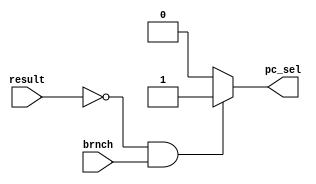
`timescale 1ns / 1ps
//////////////////////////////////////////////////////////////////////////////////
// Company: 
// Engineer: 
// 
// Design Name: 
// Module Name:    taken 
// Project Name: 
// Target Devices: 
// Tool versions: 
// Description: 
//
// Dependencies: 
//
// Revision: 
// Revision 0.01 - File Created
// Additional Comments: 
//
//////////////////////////////////////////////////////////////////////////////////
// Generated by MyHDL 0.11


`timescale 1ns/10ps



module taken (
    result,
    brnch,
    pc_sel
);


input [31:0] result;
input [0:0] brnch;
output [0:0] pc_sel;
reg [0:0] pc_sel1;




always @(brnch, result) begin: TAKEN_TAKE
    if (((result == 0) & brnch)) begin
        pc_sel1 <= 1'b1;
    end
    else begin
        pc_sel1 <= 1'b0;
    end
end
assign pc_sel=pc_sel1;
endmodule